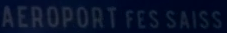
AEROPORTFESSAISS